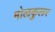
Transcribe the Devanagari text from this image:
मोलकुलर